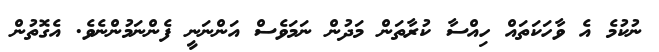
ނުކުމެ އެ ވާހަކަތައް ހިއްސާ ކުރާތަން މަދުން ނަމަވެސް އަންނަނީ ފެންނަމުންނެވެ. އެގޮތުން